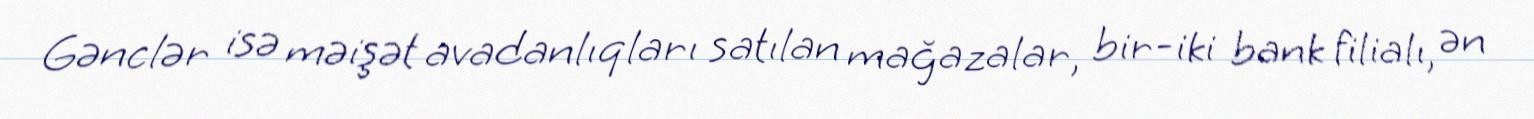
Gənclər isə məişət avadanlıqları satılan mağazalar, bir-iki bank filialı, ən